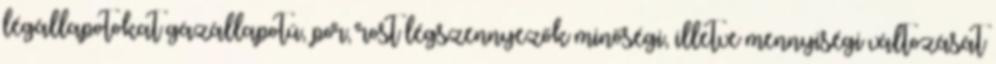
légállapotokat gázállapotú, por, rost légszennyezők minőségi, illetve mennyiségi változását